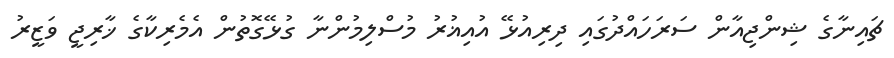
ޗައިނާގެ ޝިންޖިއާން ސަރަހައްދުގައި ދިރިއުޅޭ އުއިޣުރު މުސްލިމުންނާ ގުޅޭގޮތުން އެމެރިކާގެ ޚާރިޖީ ވަޒީރު